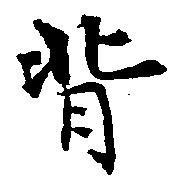
背